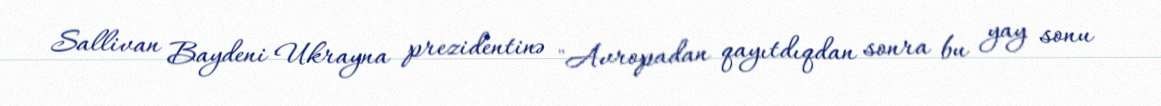
Sallivan Baydeni Ukrayna prezidentinə "Avropadan qayıtdıqdan sonra bu yay sonu